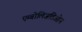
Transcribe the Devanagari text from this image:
एम्बोलिज़तिओन